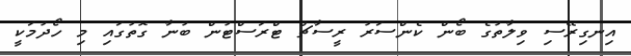
އިނގިރޭސި ވިލާތުގެ ބޯން ކެންސަރު ރީސާޗް ޓްރަސްޓުން ބުނާ ގޮތުގައި މި ހޯދުމަކީ